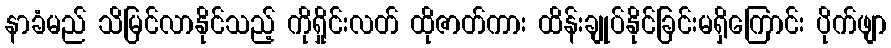
နာခံမည် သိမြင်လာနိုင်သည့် ကိုရှိုင်းလတ် ထိုဇာတ်ကား ထိန်းချုပ်နိုင်ခြင်းမရှိကြောင်း ပိုက်ဖျာ